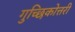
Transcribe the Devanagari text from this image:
गुच्छिकोत्तरी